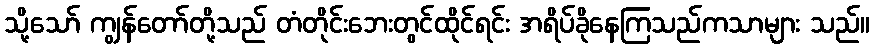
သို့သော် ကျွန်တော်တို့သည် တံတိုင်းဘေးတွင်ထိုင်ရင်း အရိပ်ခိုနေကြသည်ကသာများ သည်။